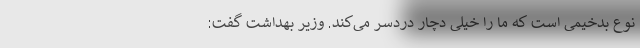
نوع بدخیمی است که ما را خیلی دچار دردسر می‌کند. وزیر بهداشت گفت: